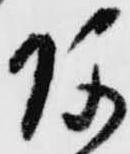
河